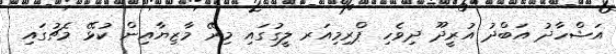
އަޝްހާދު އަބްދު އުރީދޫ ދިވެހި ޕްރިމިއަރ ލީގުގައި މިރޭ މާޒިޔާއިން ކުޅޭ މެޗުގައި